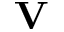
\mathbf { V }